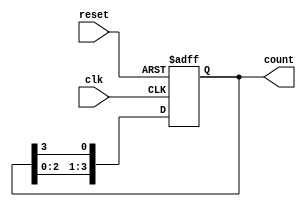
module ring_counter #(parameter N = 4) (
    input wire clk,          // Clock signal
    input wire reset,        // Asynchronous reset signal
    output reg [N-1:0] count // Output state of the ring counter
);

// Initial state
initial begin
    count = 1'b1; // Set the first flip-flop to '1', others to '0'
end

// Synchronous process
always @(posedge clk or posedge reset) begin
    if (reset) begin
        count <= 1'b1; // Reset to initial state (000...001)
    end else begin
        count <= {count[N-2:0], count[N-1]}; // Shift left and wrap around
    end
end

endmodule